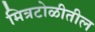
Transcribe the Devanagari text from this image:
मित्रटोळीतील